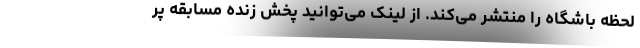
لحظه باشگاه را منتشر می‌کند. از لینک می‌توانید پخش زنده مسابقه پر